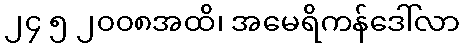
၂၄ ၅ ၂၀၀၈အထိ၊ အမေရိကန်ဒေါ်လာ